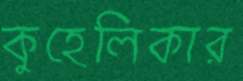
কুহেলিকার